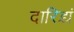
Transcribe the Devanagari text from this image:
दारिद्र्यं